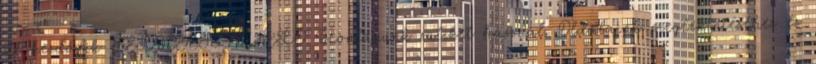
itt kezdődik FELHASZNÁLÓ Honlapunk sütiket használ. Oldalaink megtekintéséhez és